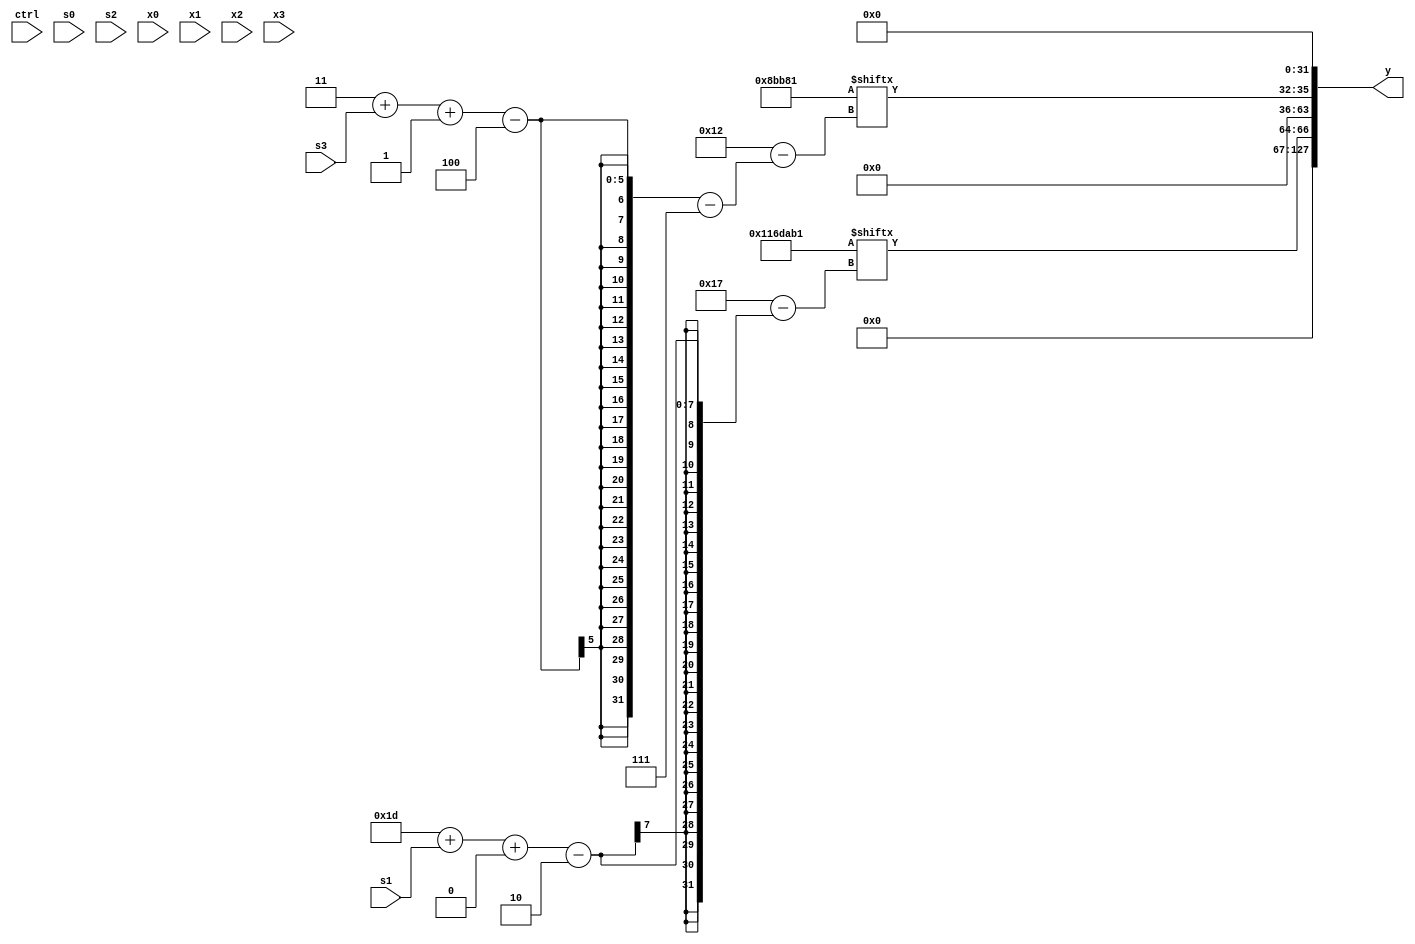
module partsel_00808(ctrl, s0, s1, s2, s3, x0, x1, x2, x3, y);
  input [3:0] ctrl;
  input [2:0] s0;
  input [2:0] s1;
  input [2:0] s2;
  input [2:0] s3;
  input [31:0] x0;
  input signed [31:0] x1;
  input [31:0] x2;
  input signed [31:0] x3;
  wire signed [4:24] x4;
  wire [7:30] x5;
  wire [28:3] x6;
  wire [1:29] x7;
  wire [5:24] x8;
  wire signed [2:25] x9;
  wire signed [7:25] x10;
  wire [25:4] x11;
  wire [1:29] x12;
  wire signed [5:31] x13;
  wire signed [1:28] x14;
  wire signed [2:26] x15;
  output [127:0] y;
  wire signed [31:0] y0;
  wire [31:0] y1;
  wire [31:0] y2;
  wire signed [31:0] y3;
  assign y = {y0,y1,y2,y3};
  localparam [2:27] p0 = 18274993;
  localparam [7:28] p1 = 541637505;
  localparam [29:5] p2 = 730590490;
  localparam [27:3] p3 = 944156530;
  assign x4 = {2{{(x0 | x3[11 + s2 -: 3]), (p1 - p0)}}};
  assign x5 = p1;
  assign x6 = ((!ctrl[1] || !ctrl[2] && !ctrl[2] ? p0 : {2{{((p1[18 -: 1] | p0[18 +: 2]) | x5[23 -: 2]), (x1 | (x5[28 + s0 +: 8] ^ (p2[5 + s0 +: 2] + x4[30 + s2 -: 2])))}}}) | {2{x2[24 + s2 -: 3]}});
  assign x7 = {{2{(p2[8 +: 3] ^ ((p2[11] & p2[27 + s0 +: 5]) & x4[18 + s2]))}}, (!ctrl[3] || ctrl[0] || !ctrl[1] ? x2[15] : ((!ctrl[2] || !ctrl[1] || ctrl[3] ? (x1[2 + s3 +: 3] + x2) : p0[2 + s3 -: 2]) | (ctrl[2] && !ctrl[0] && ctrl[3] ? (!ctrl[0] || ctrl[1] || !ctrl[0] ? (x3[19 + s1 +: 6] ^ (p2 - (x2[6 + s3 +: 4] + x2[10]))) : p0) : (x6[17] + x2[29 + s3 -: 1]))))};
  assign x8 = p1[9 +: 4];
  assign x9 = x1[15 -: 3];
  assign x10 = p3[8];
  assign x11 = {2{(ctrl[0] || ctrl[1] || ctrl[2] ? p0[21 + s3 -: 8] : ({{x8[16 -: 2], x6[30 + s3 +: 3]}, x5[6 + s0]} & {2{(!ctrl[2] && ctrl[2] || !ctrl[1] ? (x3[24 + s1 -: 4] - x5[15 + s0 -: 3]) : x4[13])}}))}};
  assign x12 = (x10[7 + s2] & x4[21]);
  assign x13 = p1;
  assign x14 = x7;
  assign x15 = (p3[17] - x9[18 +: 2]);
  assign y0 = {2{p1[11]}};
  assign y1 = p0[29 + s1 +: 3];
  assign y2 = p1[3 + s3 -: 4];
  assign y3 = x9[16 +: 3];
endmodule